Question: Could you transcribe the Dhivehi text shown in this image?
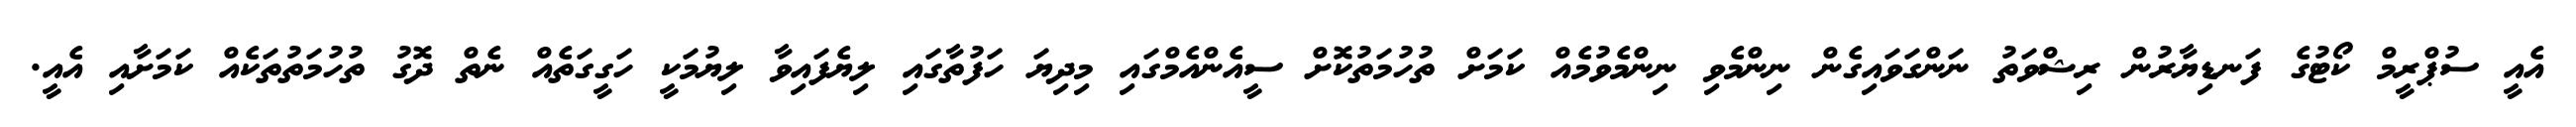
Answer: އެއީ ސުޕްރީމް ކޯޓުގެ ފަނޑިޔާރުން ރިޝްވަތު ނަންގަވައިގެން ނިންމެވި ނިންމެވުމެއް ކަމަށް ތުހުމަތުކޮށް ސީއެންއެމްގައި މިދިޔަ ހަފުތާގައި ލިޔެފައިވާ ލިޔުމަކީ ހަގީގަތެއް ނެތް ދޮގު ތުހުމަތުތަކެއް ކަމަށާއި އެއީ.